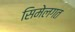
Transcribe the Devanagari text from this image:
सिमेलगत